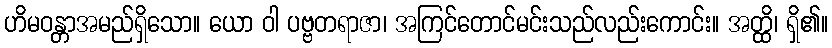
ဟိမဝန္တာအမည်ရှိသော။ ယော ဝါ ပဗ္ဗတရာဇာ၊ အကြင်တောင်မင်းသည်လည်းကောင်း။ အတ္ထိ၊ ရှိ၏။